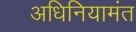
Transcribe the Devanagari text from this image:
अधिनियामंत